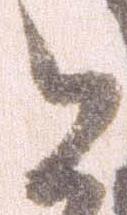
と